Medical and sanitary report on the native army of Bombay for the year
Year: 1879
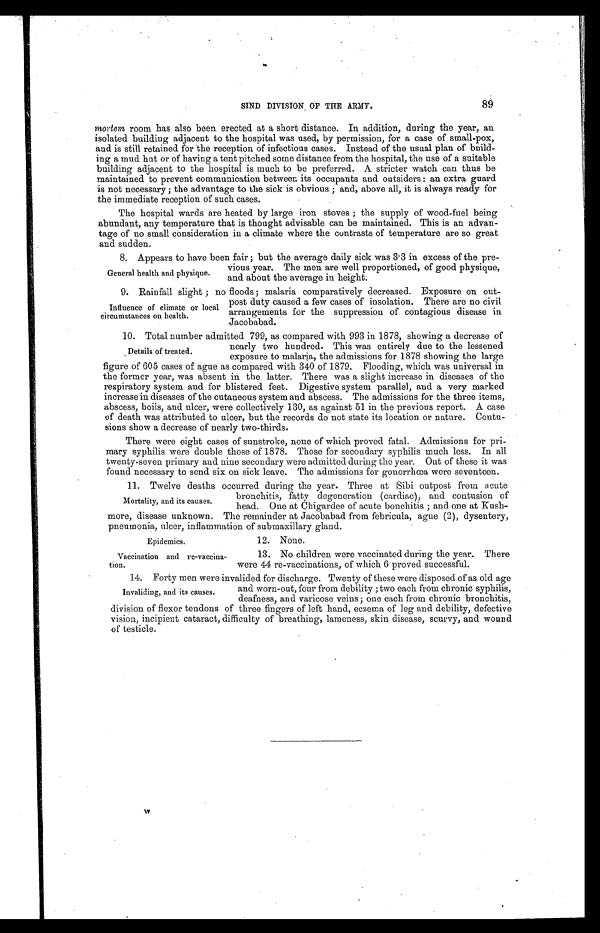
Epidemics.
Vaccination and re-vaccina
- tion.
SIND DIVISION OF THE ARMY. 89
mortem,r o o m h a s a l s o b e e n e r e c t e d a t a s h o r t d i s t a n c e . I n a d d i t i o n , d u r i n g t h e y e a r , a n
isolated building adjacent to the hospital was used, by permission, for a case of small-pox,
and is still retained for the reception of infectious cases. Instead of the usual plan of build
- i n g a m u d h u t o r o f h a v i n g a t e n t p i t c h e d s o m e d i s t a n c e f r o m t h e h o s p i t a l , t h e u s e o f a s u i t a b l e
building adjacent to the hospital is much to be preferred. A stricter watch can thus be
maintained to prevent communication between its occupants and outsiders: an extra guard
is not necessary; the advantage to the sick is obvious; and, above all, it is always ready for
the immediate reception of such cases.
The hospital wards are heated by large iron stoves; the supply of wood-fuel being
abundant, any temperature that is thought advisable can be maintained. This is an advan
- t a g e o f n o s m a l l c o n s i d e r a t i o n i n a c l i m a t e w h e r e t h e c o n t r a s t s o f t e m p e r a t u r e a r e s o g r e a t
and sudden.
8. Appears to have been fair; but the average daily sick was 3.3 in excess of the pre-
vious year. The men are well proportioned, of good physique,
and about the average in height.
9. Rainfall slight; no floods; malaria comparatively decreased. Exposure on out-
General health and physique.
Influence of climate or local
circumstances on health.
post duty caused a few cases of insolation. There are no civil
arrangements for the suppression of contagious disease in
Jacobabad.
10. Total number admitted 799, as compared with 993 in 1878, showing a decrease of
nearly two hundred. This was entirely due to the lessened
exposure to malaria, the admissions for 1878 showing the large
figure of 605 cases of ague as compared with 340 of 1879. Flooding, which was universal in
the former year, was absent in the latter. There was a slight increase in diseases of the
respiratory system and for blistered feet. Digestive system parallel, and a very marked
increase in diseases of the cutaneous system and abscess. The admissions for the three items,
abscess, boils, and ulcer, were collectively 130, as against 51 in the previous report. A case
of death was attributed to ulcer, but the records do not state its location or nature. Contu
-sions show a decrease of nearly two-thirds.
There were eight cases of sunstroke, none of which proved fatal. Admissions for pri
- m a r y s y p h i l i s w e r e d o u b l e t h o s e o f 1 8 7 8 . T h o s e f o r s e c o n d a r y s y p h i l i s m u c h l e s s . I n a l l
twenty-seven primary and nine secondary were admitted during the year. Out of these it was
-found necessary to send six on sick leave. The admissions for gonorrhœa were seventeen.
11. Twelve deaths occurred during the year. Three at Sibi outpost from acute
bronchitis, fatty degeneration (cardiac), and contusion of
head. One at Chigardee of acute bonchitis; and one at Kush-
more, disease unknown. The remainder at Jacobabad from febricula, ague (2), dysentery,
pneumonia, ulcer, inflammation of submaxillary gland.
12. None.
13. No children were vaccinated during the year. There
were 44 re-vaccinations, of which 6 proved successful.
14. Forty men were invalided for discharge. Twenty of these were disposed of as old age
and worn-out, four from debility; two each from chronic syphilis,
deafness, and varicose veins; one each from chronic bronchitis,
division of flexor tendons of three fingers of left hand, eczema of leg and debility, defective
vision, incipient cataract, difficulty of breathing, lameness, skin disease, scurvy, and wound
of testicle.
Details of treated.
Mortality, and its causes.
Invaliding, and its causes.